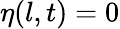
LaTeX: \eta(l,t)=0